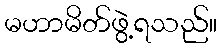
မဟာမိတ်ဖွဲ့ရသည်။